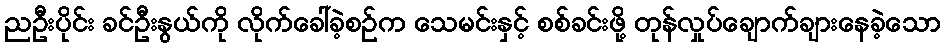
ညဦးပိုင်း ခင်ဦးနွယ်ကို လိုက်ခေါ်ခဲ့စဉ်က သေမင်းနှင့် စစ်ခင်းဖို့ တုန်လှုပ်ချောက်ချားနေခဲ့သော